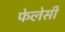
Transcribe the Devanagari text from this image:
फेलेसी